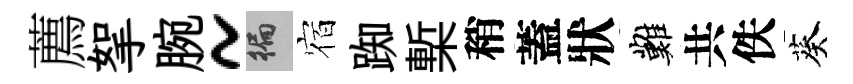
薦挐腕~徧宿踟槧稍蓋狀難共佚葵